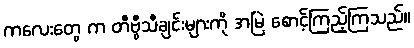
ကလေးတွေ က တီဗွီသီချင်းများကို အမြဲ စောင့်ကြည့်ကြသည်။